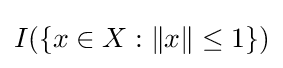
I(\{x\in X:\|x\|\leq 1\})